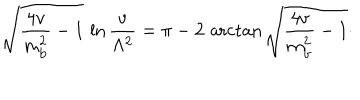
\sqrt { { \frac { 4 v } { m _ { \mathrm { b } } ^ { 2 } } } - 1 } \, \ln { \frac { v } { \Lambda ^ { 2 } } } = \pi - 2 \, \operatorname { a r c t a n } \sqrt { { \frac { 4 v } { m _ { \mathrm { b } } ^ { 2 } } } - 1 } \cdotp